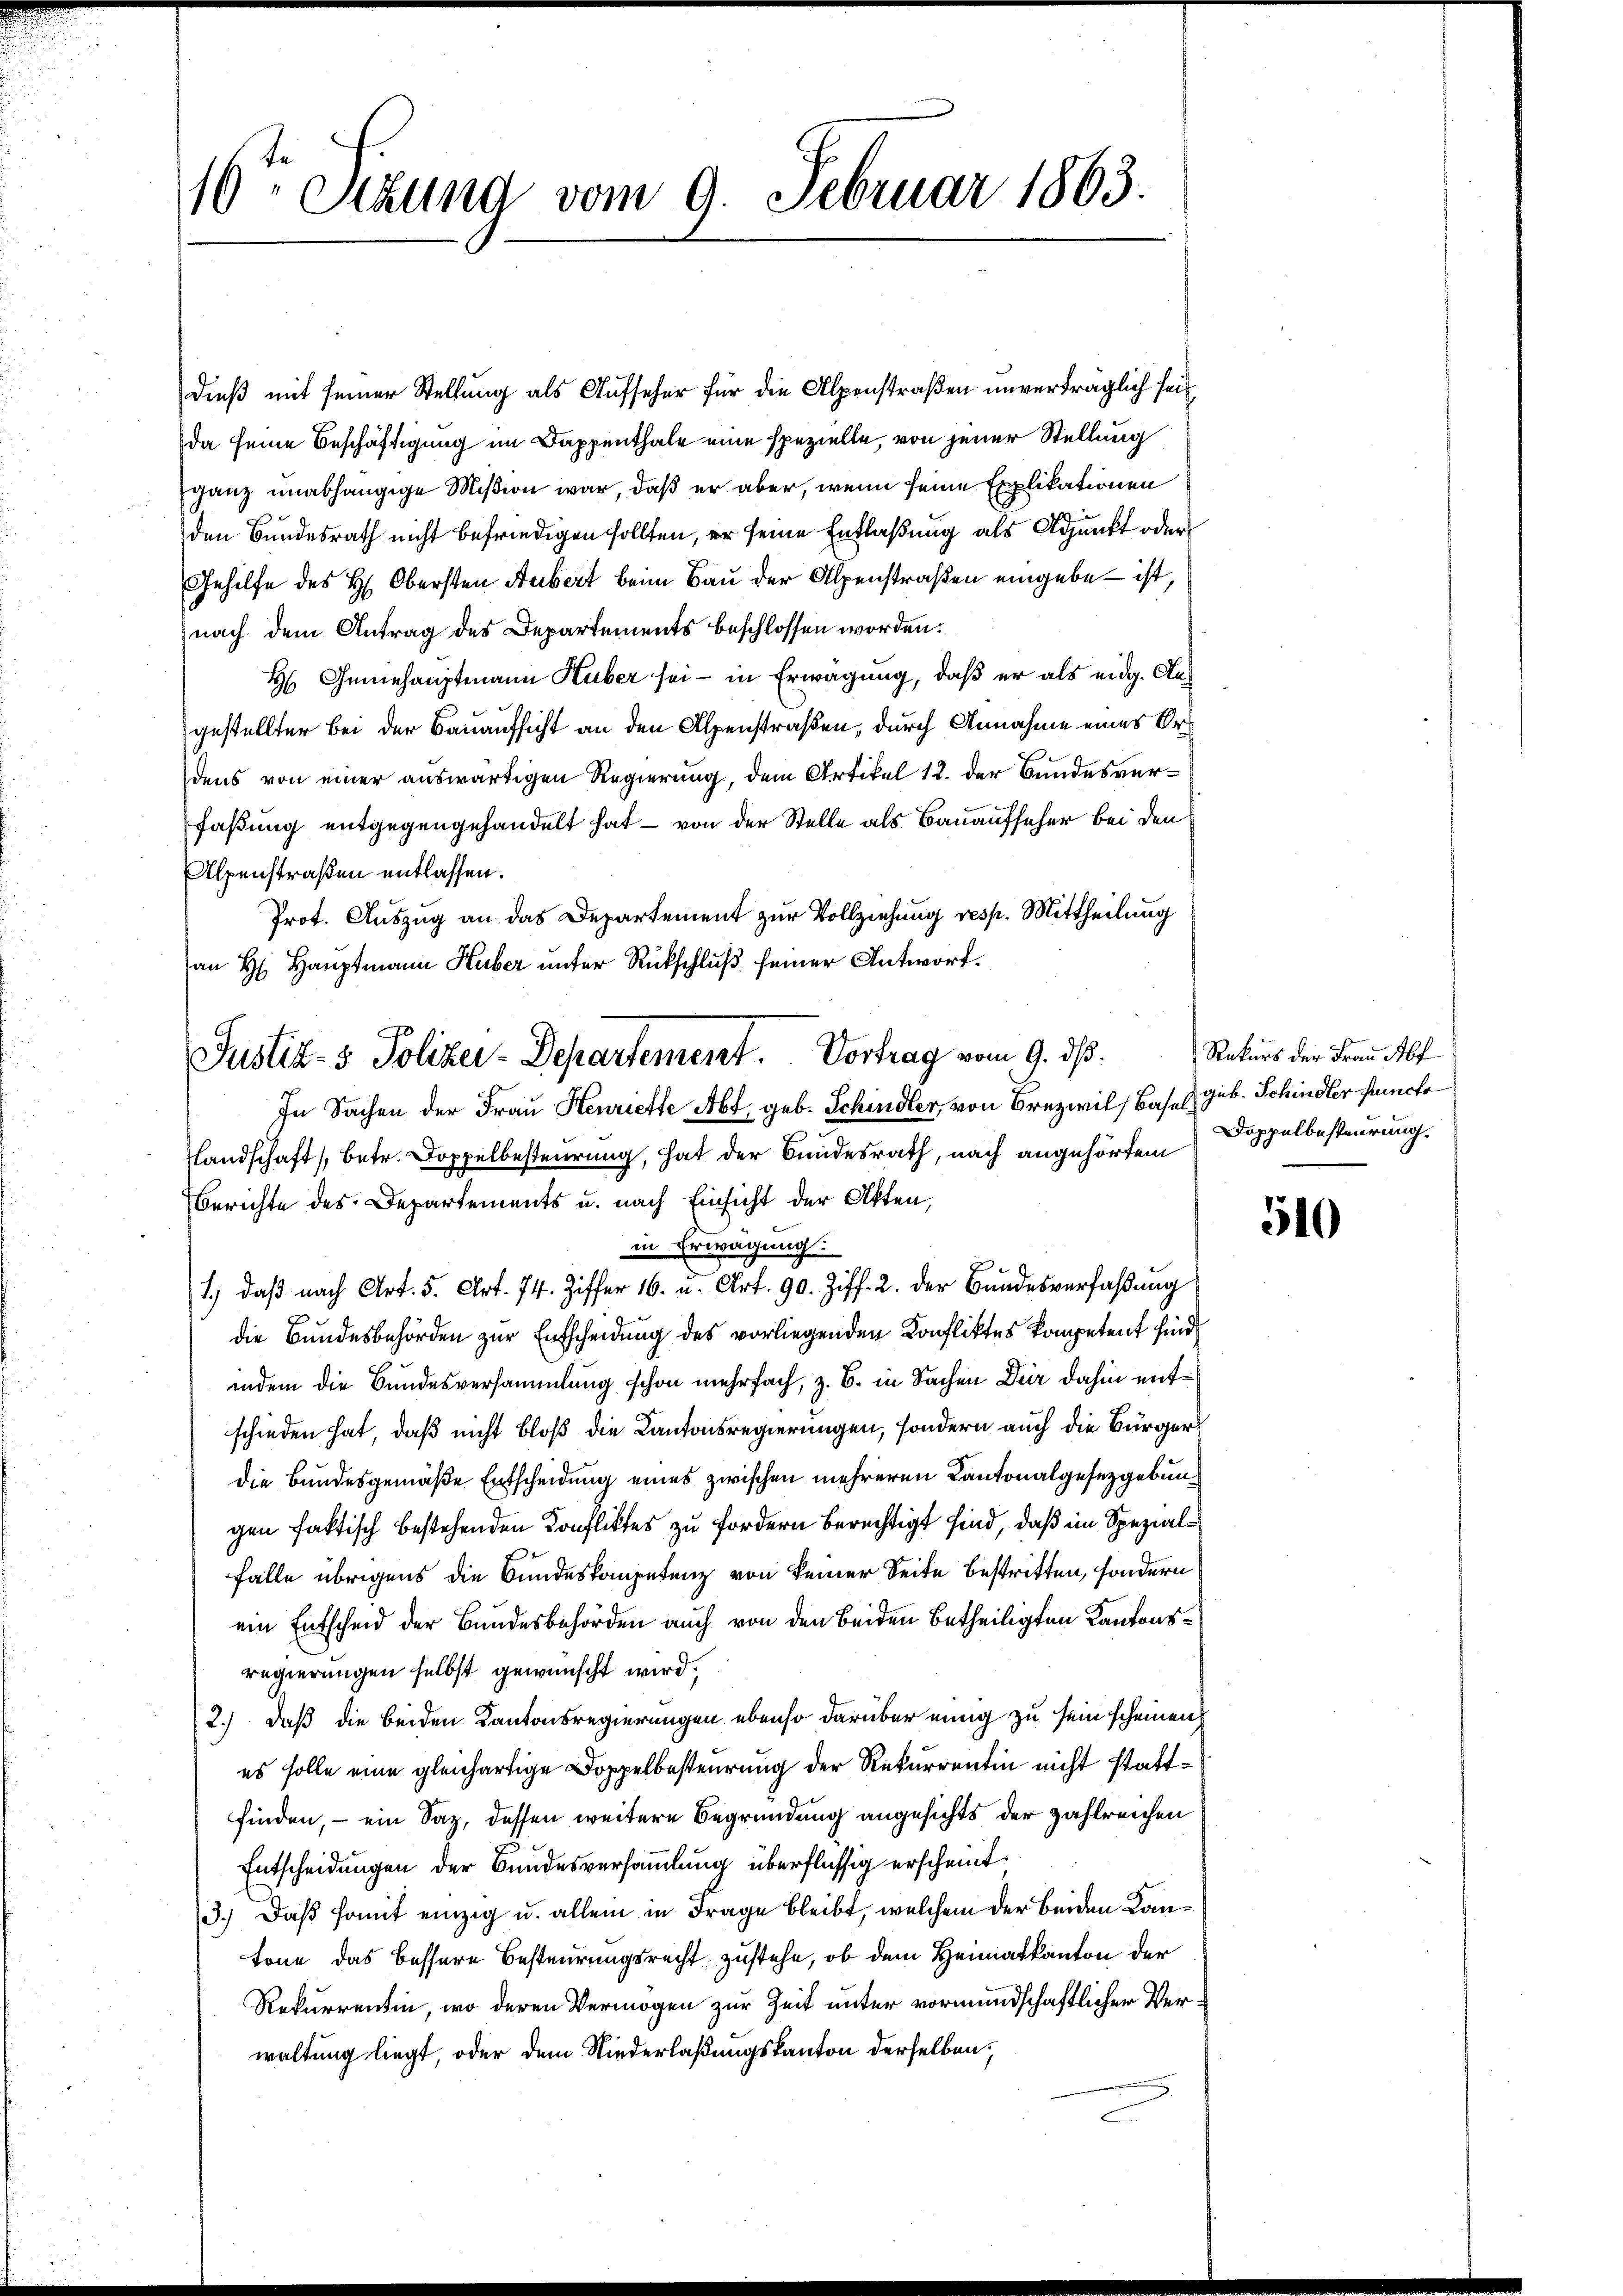
10 Stund vom 9. Februar 1863.

Dieß mit seiner Stellung als Aufseher für die Alpenstraßen unverträglich seida seine Beschäftigung im Dappenthale eine spezielle, von jener Stellung
ganz unabhängige Mißion war, daß er aber, wenn seine Explikationen
den Bundesrath nicht befriedigen sollten, er seine Entlaßung als Adjunkt oder
Gehilfe des H. Obersten Hubert beim Bau der Alpenstraßen eingebe – ist,
nach dem Antrag des Departements beschlossen worden.
H Genehauptmann Huber sei - in Erwägung, daß er als eidg. Augestellter Bei der Bauaufsicht an den Alpenstraßen, durch Annahme eines Ordens von einer auswärtigen Regierung, dem Artikel 12. der Bundesverfaßung entgegengehandelt hat – von der Stelle als Bauaufseher bei den
Alpenstraßen entlassen.
Prot. Auszug an das Departement zur Vollziehung resp. Mittheilung
an H: Hauptmann Huber unter Rückschluß seiner Antwort.

Justiz- & Polizer-Departement. Vortrag vom 9. ds.
In Sachen der Frau Henriette Abt, geb. Schindler, von Crezwil, Basel. Gub. Schindler Puncto

Landschaft) betr. Doppelbesteurung, hat der Bundesrath, nach angehörtem
Berichte des Departements u. nach Einsicht der Akten,
in Erwägung.
1., daβ nach Art. 5. Art. 74. Ziffer 16. u. Art. 90. Ziff. 2. der Bŭndesverfaβŭng
die Bundesbehörden zur Entscheidung des vorliegenden Konfliktes kompetent sind
indem die Bundesversammlung schon mehrfach, z. B. in Sachen Deir dahin entschieden hat, daß nicht bloß die Cantonsregierungen, sondern auch die Bürgerdie Bundesgemäße Entscheidung eines zwischen mehreren Kantonalgesetzgebungen faktisch bestehenden Konfliktes zu fordern berechtigt sind, daß im Spezialfalle übrigens die Bundeskompetenz von keiner Seite bestritten, sondern
ein Entscheid der Bundesbehörden auch von den beiden betheiligten Kantonsregierungen selbst gewünscht wird,
2.) Daß die beiden Kantonsregierungen ebenso darüber einig zu sein scheinen,
es solle eine gleichartige Doppelbesteurung der Rekurrentin nicht stattfinden, – ein Saz, dessen weitere Begründung angesichts der zahlreichen
Entscheidungen der Bundesversammlung überflüssig erscheint
3.) Daß somit einzig u. allein in Frage bleibt, welchem der beiden Kantone das bessere Besteurungsrecht zustehe, ob dem Heimatkanton der
Rekurrentin, wo deren Vermögen zur Zeit unter vormundschaftlicher Verwaltung liegt, oder dem Niederlaßungskanton derselben;

Rekurs der Frau Abf
Doppelbesteurung.

510